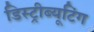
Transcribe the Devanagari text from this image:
डिस्ट्रीब्यूटिंग